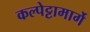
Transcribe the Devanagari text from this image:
कल्पेट्टामार्गे